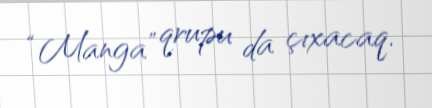
“Manga” qrupu da çıxacaq.